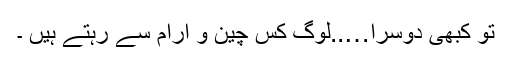
تو کبھی دوسرا…..لوگ کس چین و آرام سے رہتے ہیں ۔